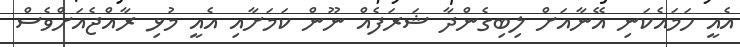
އެއީ ހަމައެކަނި އޭނާއަށް ލިބިގެންދާ ޝަރަފެއް ނޫން ކަމަށާއި އެއީ މުޅި ރާއްޖެއަށްވެސް